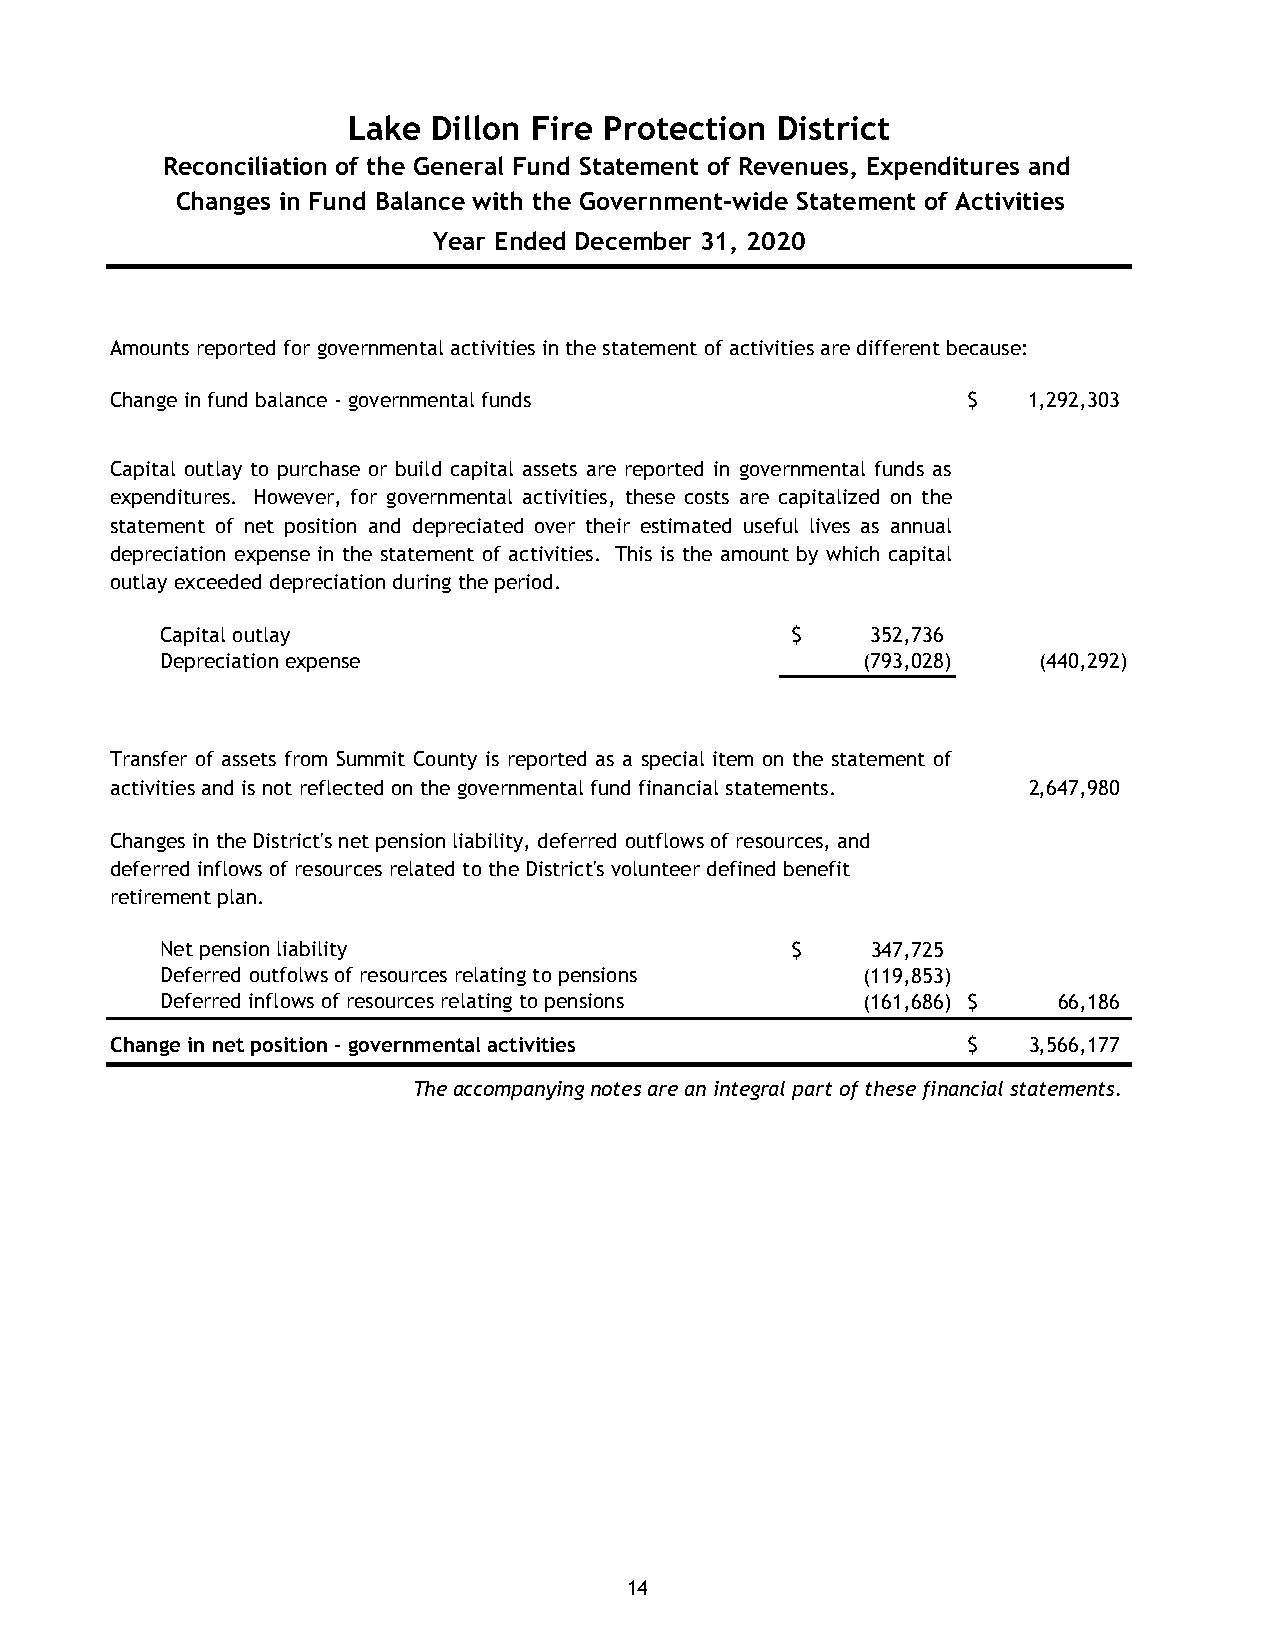
Lake  Dillon Fire Protection District
 Reconciliation of the General Fund Statement of Revenues, Expenditures and
 Changes in Fund Balance with the Government-wide Statement of Activities
 Year Ended December 31, 2020
 Amounts reported for governmental activities in the statement of activities are different because:
 Change in fund balance - governmental funds              $   1,292,303
 Capital outlay to purchase or build capital assets are reported in governmental funds as
 expenditures. However, for governmental activities, these costs are capitalized on the
 statement of net position and depreciated over their estimated useful lives as annual
 depreciation expense in the statement of activities. This is the amount by which capital
 outlay exceeded depreciation during the period.
 Capital outlay                           $     352,736
 Depreciation expense                          (793,028)   (440,292)
 Transfer of assets from Summit County is reported as a special item on the statement of
 activities and is not reflected on the governmental fund financial statements. 2,647,980
 Changes in the District's net pension liability, deferred outflows of resources, and
 deferred inflows of resources related to the District's volunteer defined benefit
 retirement plan.
 Net pension liability                    $     347,725
 Deferred outfolws of resources relating to pensions (119,853)
 Deferred inflows of resources relating to pensions (161,686) $ 66,186
 Change in net position - governmental activities         $   3,566,177
 The accompanying notes are an integral part of these financial statements.
 14